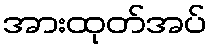
အားထုတ်အပ်